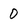
Character: 0